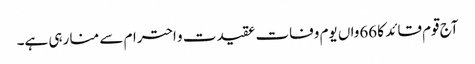
آج قوم قائد کا 66واں یوم وفات عقیدت و احترام سے منا رہی ہے۔